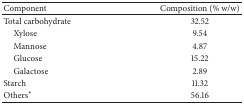
<table><thead><tr><td><b>Component</b></td><td><b>Composition (% w/w)</b></td></tr></thead><tbody><tr><td>Total carbohydrate</td><td>32.52</td></tr><tr><td> Xylose</td><td>9.54</td></tr><tr><td> Mannose</td><td>4.87</td></tr><tr><td> Glucose</td><td>15.22</td></tr><tr><td> Galactose</td><td>2.89</td></tr><tr><td>Starch</td><td>11.32</td></tr><tr><td>Others*</td><td>56.16</td></tr></tbody></table>